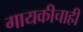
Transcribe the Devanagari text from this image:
गायकीचाही